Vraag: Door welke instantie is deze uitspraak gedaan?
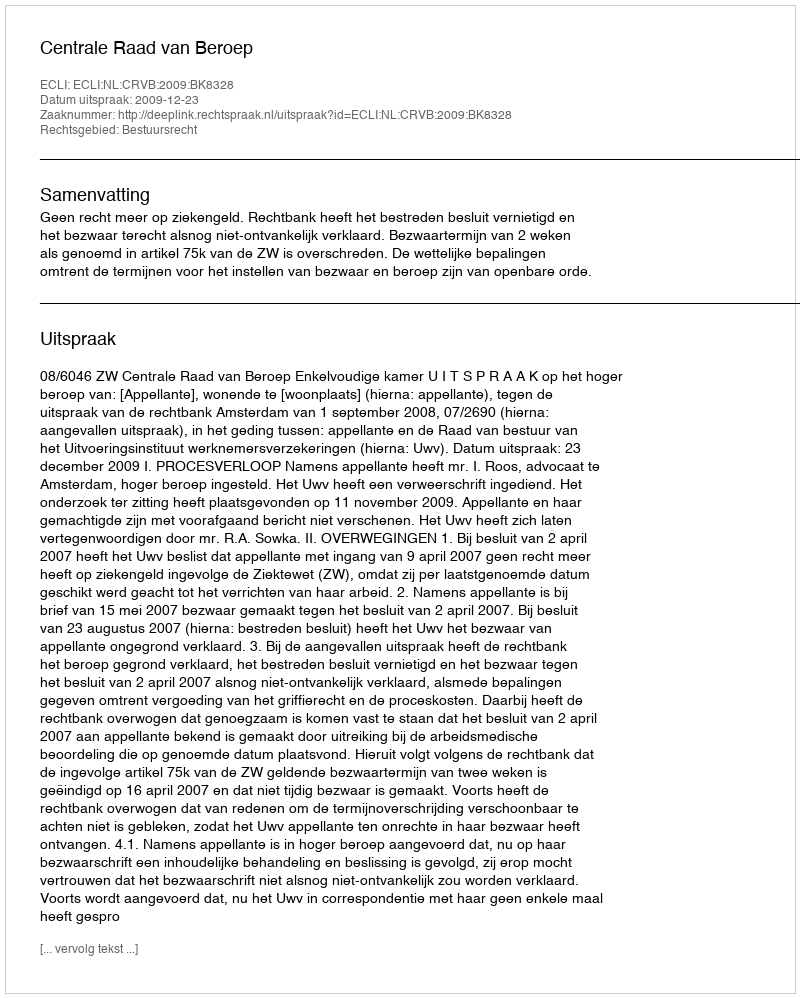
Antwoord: Centrale Raad van Beroep